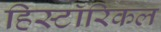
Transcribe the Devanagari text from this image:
हिस्टाॅरिकल